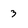
Character: 3